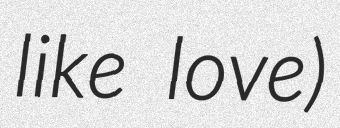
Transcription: like love)